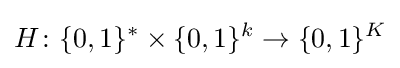
H\colon \{0,1\}^{*}\times \{0,1\}^{k}\to \{0,1\}^{K}